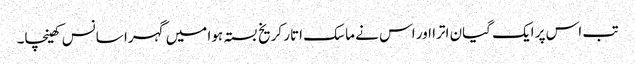
تب اس پر ایک گیان اترا اور اس نے ماسک اتار کر یخ بستہ ہوا میں گہرا سانس کھینچا۔